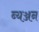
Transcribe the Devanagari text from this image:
ब्यञ्जन